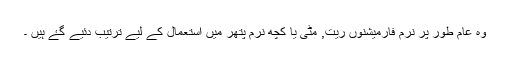
وہ عام طور پر نرم فارمیشنوں ریت, مٹی یا کچھ نرم پتھر میں استعمال کے لیے ترتیب دئیے گۓ ہیں ۔